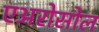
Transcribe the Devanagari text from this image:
एअरोसोल